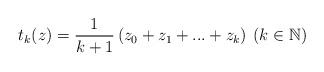
LaTeX: \begin{align*} t_{k}(z)=\frac{1}{k+1}\left( z_{0}+z_{1}+...+z_{k}\right) \: (k \in \mathbb{N}) \end{align*}